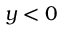
y < 0